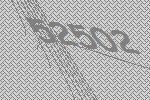
52502